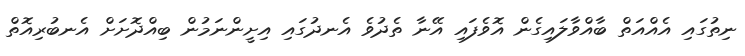
ނިތުގައި އެއްއަތް ބާއްވާލައިގެން އޮވެފައި އޭނާ ތެދުވެ އެނދުގައި އިށީންނަމުން ބިއްދޮށަށް އެނބުރިއޮތް